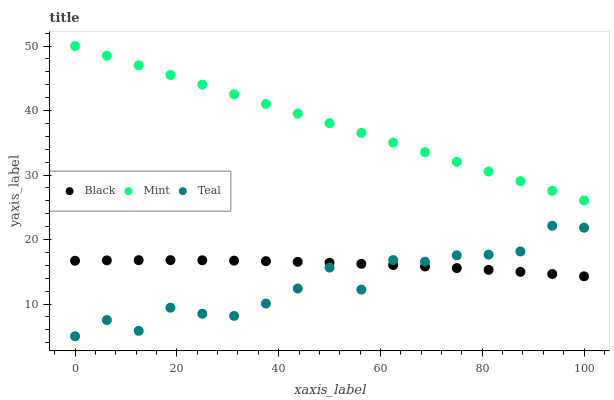
| xaxis_label | Black | Mint | Teal |
 | --- | --- | --- | --- |
 | 0 | 16.7 | 50 | 5 |
 | 6.25 | 16.8 | 48.5 | 7.51 |
 | 12.5 | 16.8 | 47 | 5.84 |
 | 18.8 | 16.8 | 45.5 | 9.43 |
 | 25 | 16.8 | 44 | 8.49 |
 | 31.2 | 16.7 | 42.5 | 8.16 |
 | 37.5 | 16.6 | 41 | 10.1 |
 | 43.8 | 16.5 | 39.5 | 12.4 |
 | 50 | 16.4 | 38 | 15.6 |
 | 56.2 | 16.2 | 36.5 | 12.2 |
 | 62.5 | 16 | 35 | 16.8 |
 | 68.8 | 15.8 | 33.5 | 16.6 |
 | 75 | 15.6 | 32 | 17.5 |
 | 81.2 | 15.3 | 30.5 | 17.7 |
 | 87.5 | 15 | 29 | 18.1 |
 | 93.8 | 14.7 | 27.6 | 22.1 |
 | 100 | 14.3 | 26.1 | 21.8 |